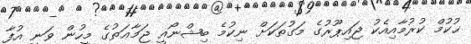
ޙުކުމް ކުރުމާއިއެކު ޖައިޕޫރުގެ މަގުތަކަށް ނިކުމެ ބިޝްނޯއީ ޖަމާޢަތުގެ މީހުން ވަނީ އުފާ